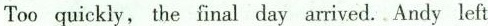
Too quickly, the final day arrived..Andy left